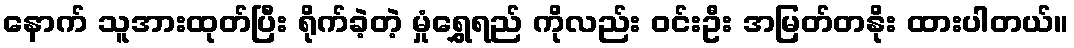
နောက် သူအားထုတ်ပြီး ရိုက်ခဲ့တဲ့ မှုံရွှေရည် ကိုလည်း ဝင်းဦး အမြတ်တနိုး ထားပါတယ်။